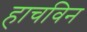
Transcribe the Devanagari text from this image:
हाचविन